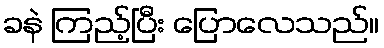
ခနဲ ကြည့်ပြီး ပြောလေသည်။